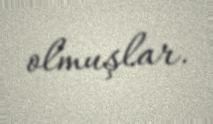
olmuşlar.